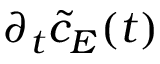
\partial _ { t } \tilde { c } _ { E } ( t )